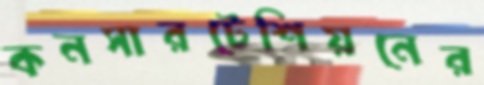
কনসারটেশিয়নের